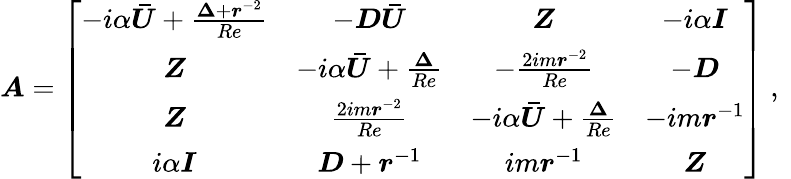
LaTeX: \boldsymbol{A}=\left[\begin{array}{cccc}{-i\alpha\boldsymbol{\bar{U}}+\frac{\boldsymbol{\Delta}+\boldsymbol{r}^{-2}}{Re}}&{-\boldsymbol{D}\boldsymbol{\bar{U}}}&{\boldsymbol{Z}}&{-i\alpha\boldsymbol{I}}\\ {\boldsymbol{Z}}&{-i\alpha\boldsymbol{\bar{U}}+\frac{\boldsymbol{\Delta}}{Re}}&{-\frac{2im\boldsymbol{r}^{-2}}{Re}}&{-\boldsymbol{D}}\\ {\boldsymbol{Z}}&{\frac{2im\boldsymbol{r}^{-2}}{Re}}&{-i\alpha\boldsymbol{\bar{U}}+\frac{\boldsymbol{\Delta}}{Re}}&{-im\boldsymbol{r}^{-1}}\\ {i\alpha\boldsymbol{I}}&{\boldsymbol{D}+\boldsymbol{r}^{-1}}&{im\boldsymbol{r}^{-1}}&{\boldsymbol{Z}}\end{array}\right]\mathrm{~,~}